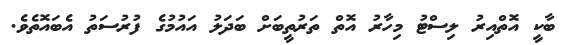
ބާކީ އޮތްއިރު ލިސްޓު މިހާރު އޮތް ތަރުތީބަށް ބަދަލު އައުމުގެ ފުރުސަތު އެބައޮތެވެ.